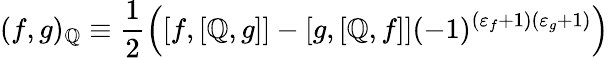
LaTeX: (f,g)_{\mathbb{Q}}\equiv\frac{{1}}{{2}}\left([f,[\mathbb{Q},g]]-[g,[\mathbb{Q},f]](-1)^{(\varepsilon_{f}+1)(\varepsilon_{g}+1)}\right)